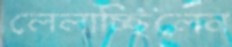
লেলাচ্ছিলেন